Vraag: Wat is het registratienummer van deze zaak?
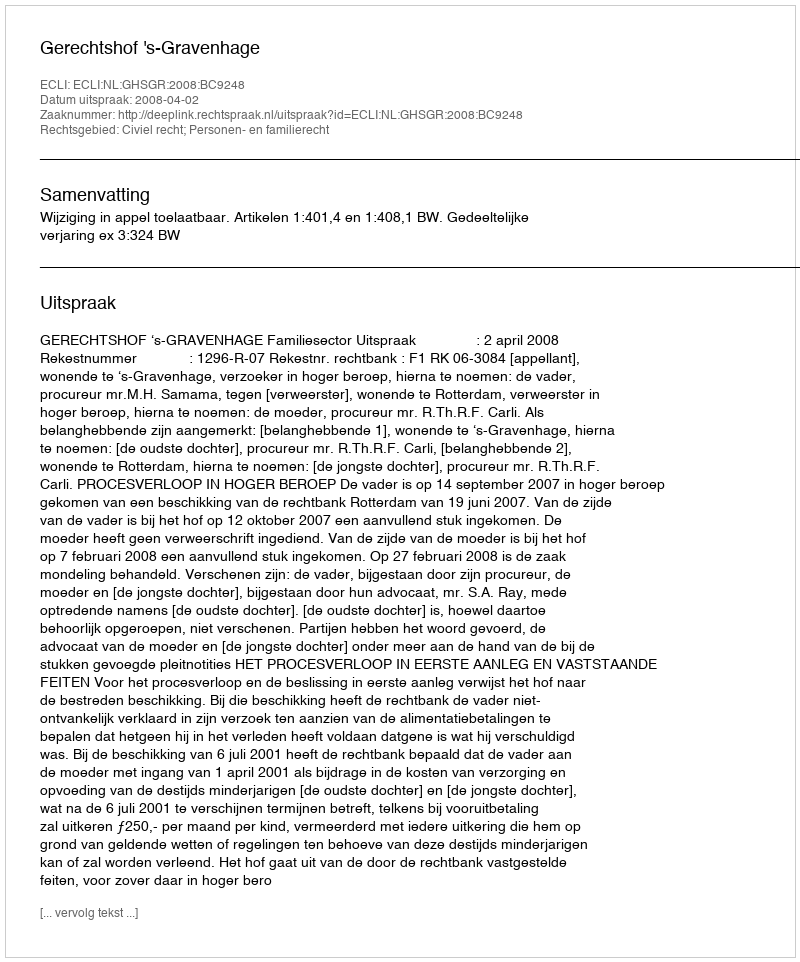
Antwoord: http://deeplink.rechtspraak.nl/uitspraak?id=ECLI:NL:GHSGR:2008:BC9248